Report on vaccination in Madras 1895-1903 - 1895-1903
Year: 1895
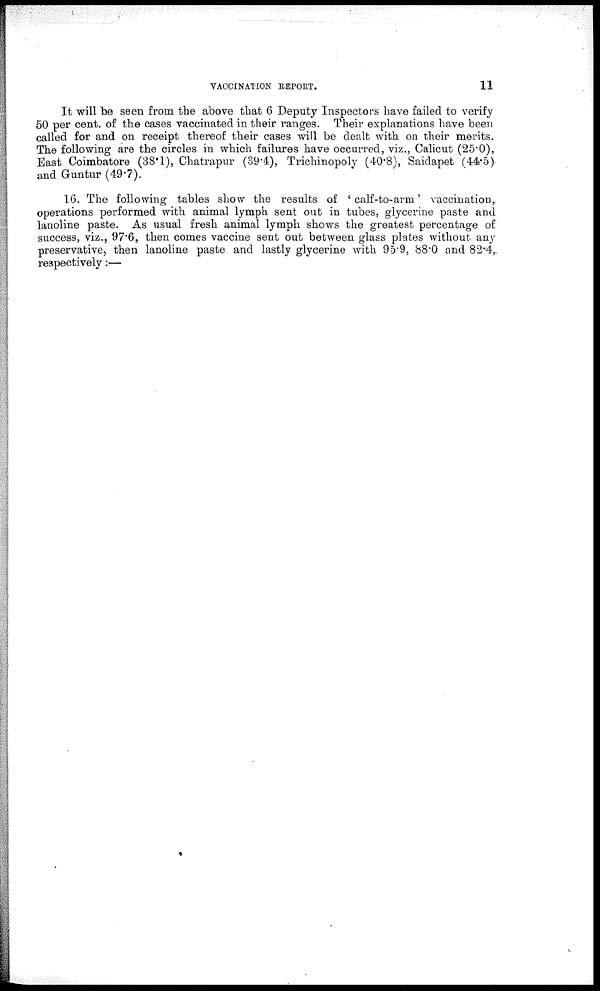
VACCINATION REPORT.
11
It will be seen from the above that 6 Deputy Inspectors have failed to verify
50 per cent. of the cases vaccinated in their ranges. Their explanations have been
called for and on receipt thereof their cases will be dealt with on their merits.
The following are the circles in which failures have occurred, viz., Calicut (25.0),
East Coimbatore (38.1), Chatrapur (39.4), Trichinopoly (40.8), Saidapet (44.5)
and Guntur (49.7).
16. The following tables show the results of ' calf-to-arm' vaccination,
operations performed with animal lymph sent out in tubes, glycerine paste and
lanoline paste. As usual fresh animal lymph shows the greatest percentage of
success, viz., 97.6, then comes vaccine sent out between glass plates without any
preservative, then lanoline paste and lastly glycerine with 95.9, 88.0 and 82.4,
respectively:—